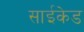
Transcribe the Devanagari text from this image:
साईकेड